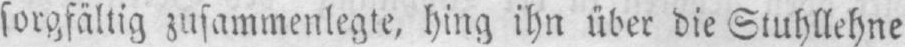
sorgfältig zusammenlegte, hing ihn über die Stuhllehne